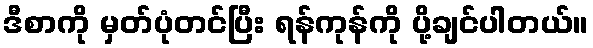
ဒီစာကို မှတ်ပုံတင်ပြီး ရန်ကုန်ကို ပို့ချင်ပါတယ်။